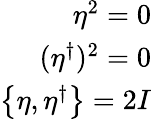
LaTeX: \begin{array}{r}{\eta^{2}=0}\\ {(\eta^{\dagger})^{2}=0}\\ {\left\lbrace\eta,\eta^{\dagger}\right\rbrace=2I}\end{array}